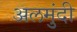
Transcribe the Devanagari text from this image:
अलमुंदी